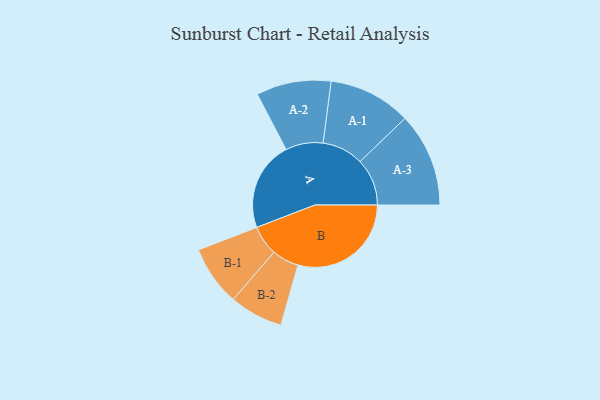
{"axis": {"x": "Segment", "y": "Value"}, "legend": ["", "A", "B"], "data": [{"x": "A", "y": 363, "type": ""}, {"x": "B", "y": 460, "type": ""}, {"x": "A-1", "y": 168, "type": "A"}, {"x": "A-2", "y": 152, "type": "A"}, {"x": "A-3", "y": 191, "type": "A"}, {"x": "B-1", "y": 122, "type": "B"}, {"x": "B-2", "y": 109, "type": "B"}]}